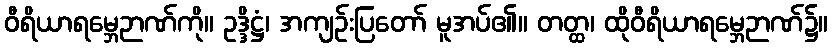
ဝီရိယာရမ္ဘေဉာဏ်ကို။ ဥဒ္ဒိဋ္ဌံ၊ အကျဉ်းပြတော် မူအပ်၏။ တတ္ထ၊ ထိုဝီရိယာရမ္ဘေဉာဏ်၌။